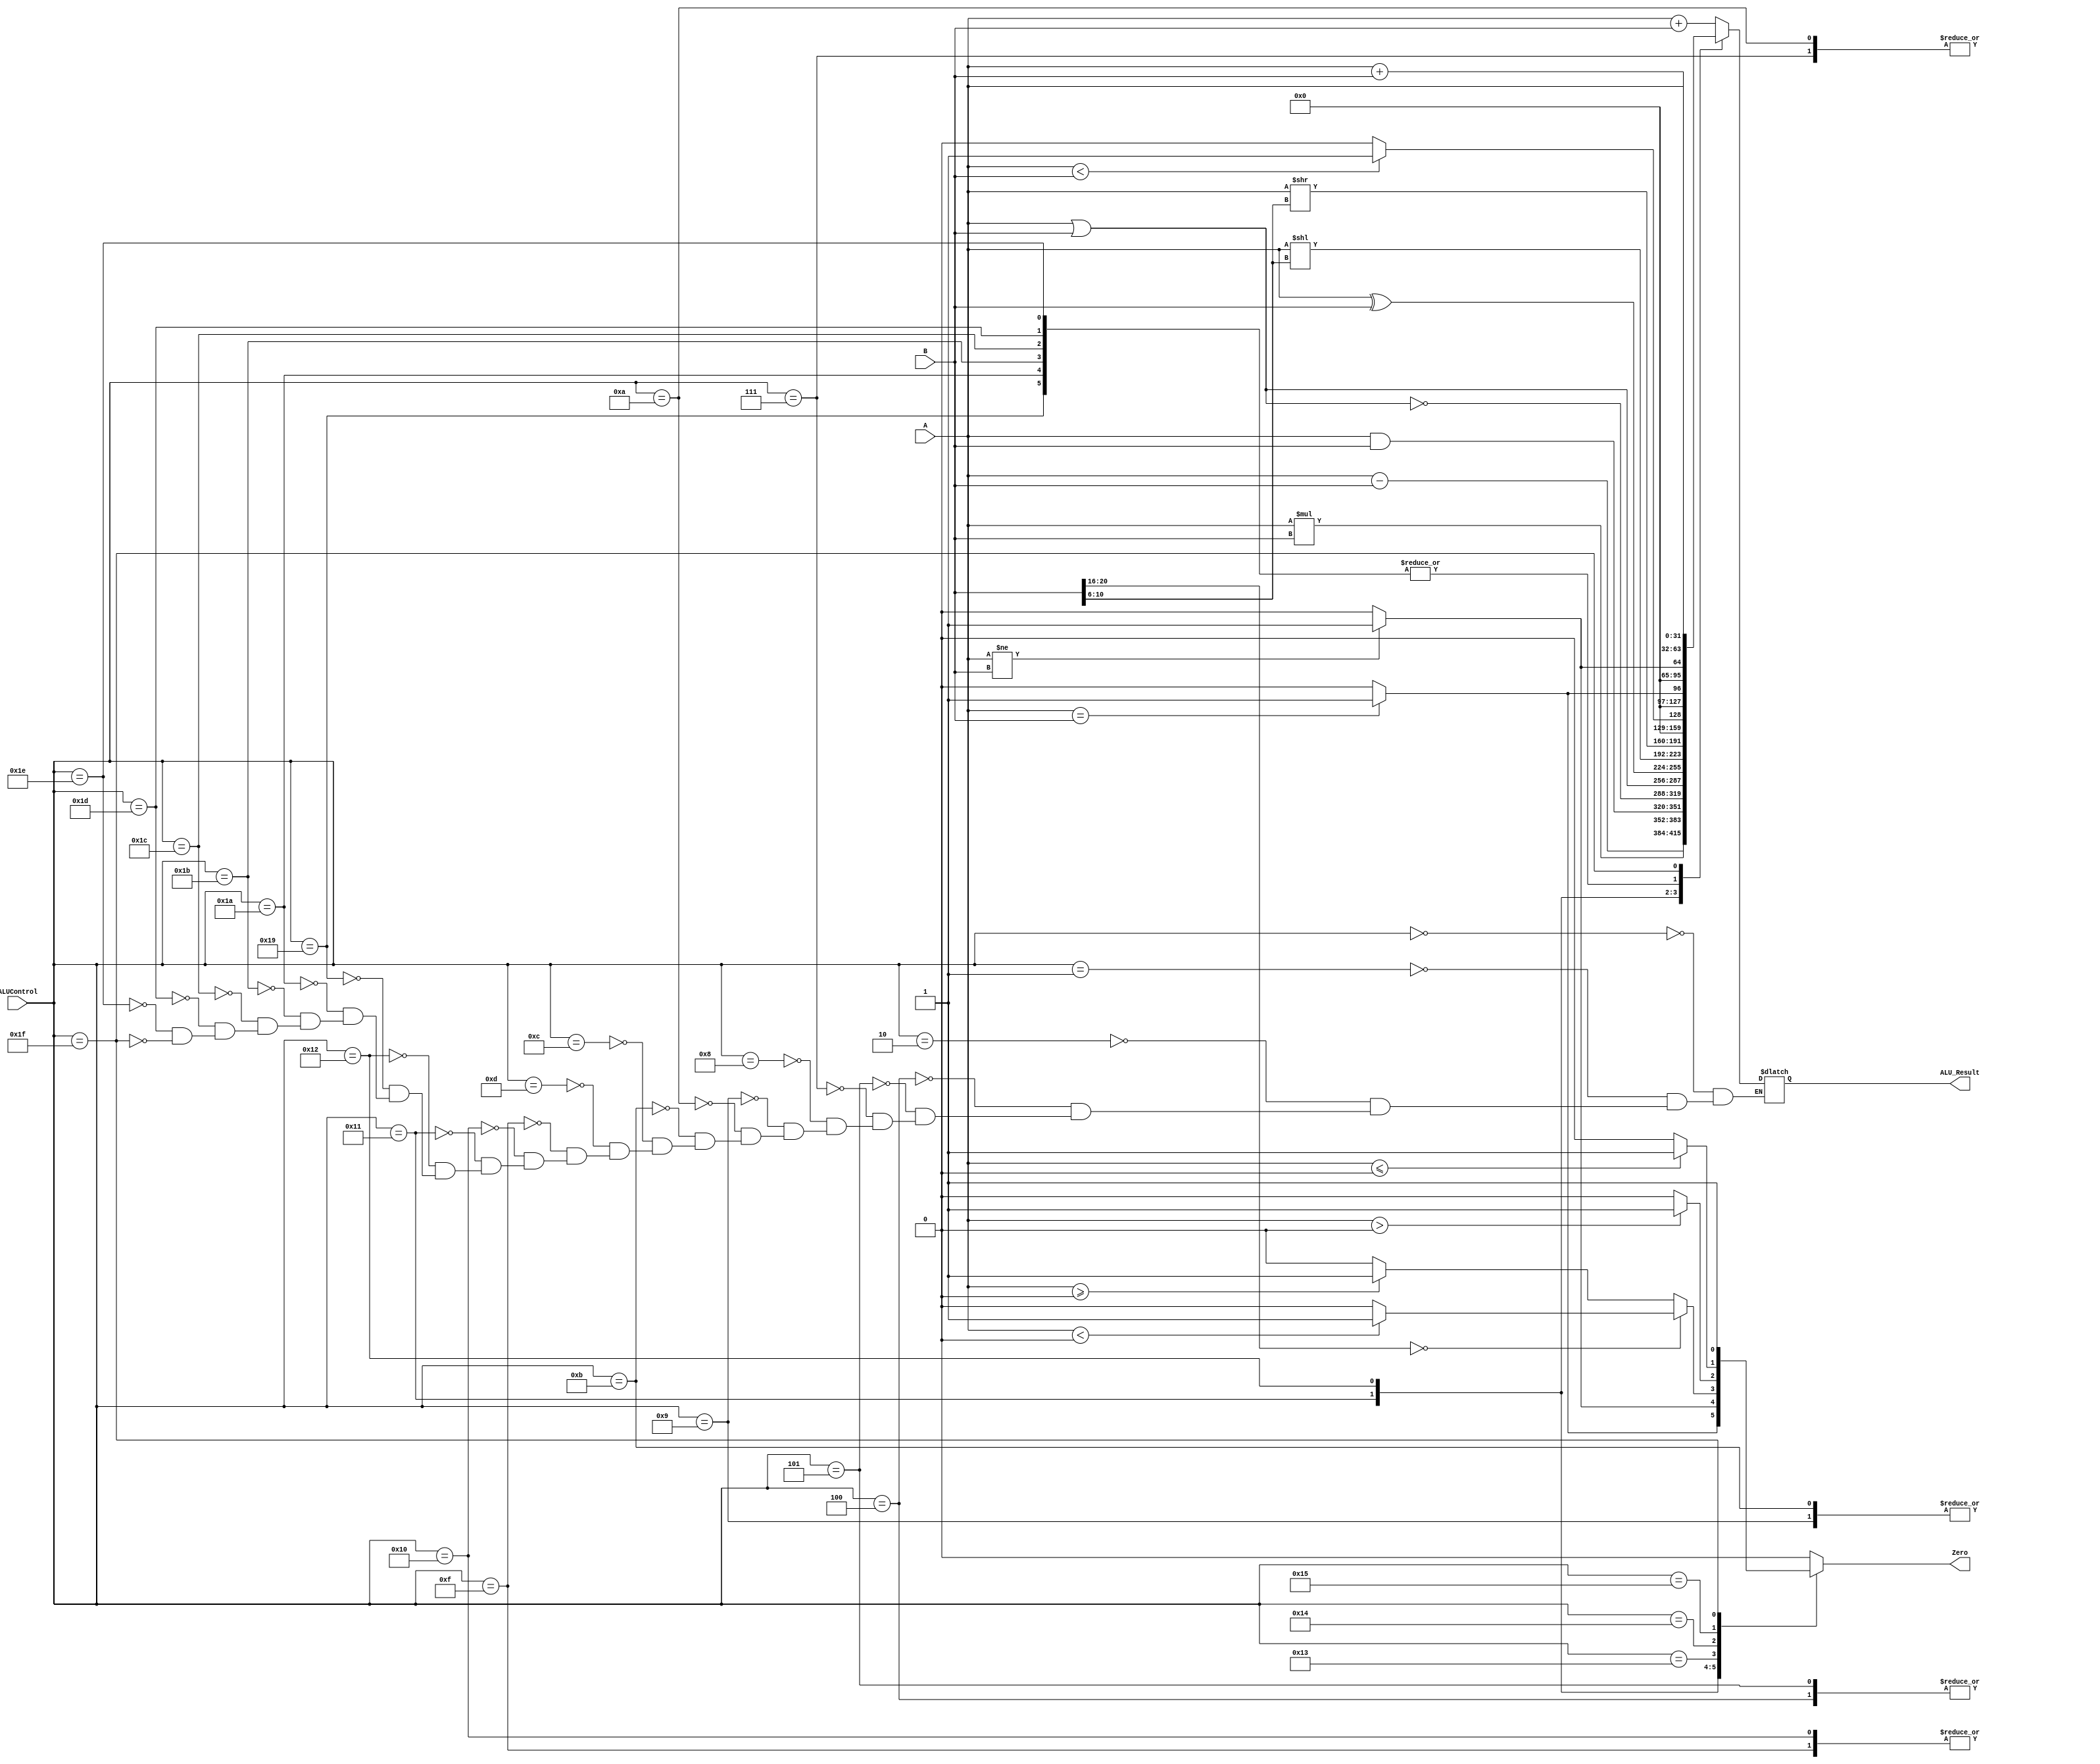
`timescale 1ns / 1ps

////////////////////////////////////////////////////////////////////////////////
// ECE369 - Computer Architecture
// 
// Module - ALU32Bit.v
// Description - 32-Bit wide arithmetic logic unit (ALU).
//
// INPUTS:-
// ALUControl: N-Bit input control bits to select an ALU operation.
// A: 32-Bit input port A.
// B: 32-Bit input port B.
//
// OUTPUTS:-
// ALUResult: 32-Bit ALU result output.
// ZERO: 1-Bit output flag. 
//
// FUNCTIONALITY:-
// Design a 32-Bit ALU, so that it supports all arithmetic operations 
// needed by the MIPS instructions given in Labs5-8.docx document. 
//   The 'ALUResult' will output the corresponding result of the operation 
//   based on the 32-Bit inputs, 'A', and 'B'. 
//   The 'Zero' flag is high/1 when 'ALUResult' is '0'. 
// 	High meaning that it would branch
//	The zero flag set to 1 is "ALUResult" is "0"
//   The 'ALUControl' signal should determine the function of the ALU 
//   You need to determine the bitwidth of the ALUControl signal based on the number of 
//   operations needed to support. 
////////////////////////////////////////////////////////////////////////////////

module ALU32Bit(ALUControl, A, B, ALU_Result, Zero);

	input [4:0] ALUControl;         // control bits for ALU operation 16 possible operations with initial 4 bits	
				                    // CHANGED TO 5 BITS to handle more operations including branching (32 Operations)
					                //  Check to add another bit so that you can handle all the MIPS instructions 
                                    // you need to adjust the bitwidth as needed 
	input signed [31:0] A, B;	            // inputs

	output reg [31:0] ALU_Result;	// answer
	output reg Zero;	            // Zero=1 if ALUResult == 0
	

    /* Please fill in the implementation here... */
	// Handle Branching first, if needed to branch set zeroflag high and aluresult to zero 

	always @ (ALUControl,A,B)
	begin
	   Zero <= 0;
		case(ALUControl)
			// Handle Arithmetic ***********************************************************
			5'b00000:    ALU_Result = A + B;// add
			5'b00001:    ALU_Result = A - B;// sub
			5'b00010:    ALU_Result = A * B;// mul
			//5'b00011:    ALU_Result = A / B;// Div

			// Handle logical statements ****************************************************
			5'b00100:    ALU_Result = A & B;// And
			5'b00101:    ALU_Result = A & B;// andi      
			5'b00111:    ALU_Result = A | B;// or
			5'b01000:    ALU_Result = ~(A | B);// nor
			5'b01001:    ALU_Result = (A ^ B);// xor
			5'b01010:    ALU_Result = A | B;// ori 
			5'b01011:    ALU_Result = (A ^ B);// xori 
			5'b01100:    ALU_Result = A<<(B[10:6]);// sll
			
			
			5'b01101:    ALU_Result = A>>(B[10:6]);// srl
			5'b01111:    // slt
				begin
					if (A< B) begin
						ALU_Result <= 1;
					end else  begin
						ALU_Result <= 0;
					end
				end 
			5'b10000: // slti 
                begin
                    if (A < B) begin
						ALU_Result <= 1;
					end else  begin
						ALU_Result <= 0;
					end
			    end
			// Handle branching ************************************************************************
			5'b10001: // beq
				begin
					if(A == B) begin
						ALU_Result <= 1;
						Zero <= 1;
					end else begin
						ALU_Result <= 0;
						Zero <= 0;
					end
				end
			5'b10010: // bne
				begin 
					if (A != B) begin
						ALU_Result <=1;
						Zero <= 1;
					end else begin
						ALU_Result <= 0;
						Zero <= 0;
					end
				end
			5'b10011: // bgez & bltz
            
                 begin if(B[20:16] == 5'b00000)begin
                 //start bltz
                 if (A < 0 )begin
                    Zero <= 1;
                   
                 end else begin
                    Zero <=0;
                    
                 end
            
                 end else begin
                 //start bgez
                 if (A >= 0) begin
                     Zero <= 1;
                 end else begin
                     Zero <= 0;
                 end
            end
        end
        
        5'b10100: // bgtz if rs >0 then branch
          begin
            if(A >0) begin
              Zero <= 1;
            end else begin
              Zero <= 0;
            end
          end
          
        5'b10101: // blez if rs <= 0 then branch
          begin
            if(A<=0)begin
              Zero <= 1;
            end else begin
              Zero <= 0;
            end
          end
          
        5'b11001: //lw B is offset and add to rt [base+offset]
        begin
            ALU_Result <= $unsigned(A) + $unsigned(B);
           //ALU_Result <= ALU_Result >> 2;
            end
          
        5'b11010: //sw
          ALU_Result <= $unsigned(A) + $unsigned(B);
        5'b11011: //sb
          ALU_Result <= $unsigned(A) + $unsigned(B);
        5'b11100: //lh
          ALU_Result <= $unsigned(A) + $unsigned(B);
        5'b11101: //lb
          ALU_Result <= $unsigned(A) + $unsigned(B);
        5'b11110: //sh
          ALU_Result <= $unsigned(A) + $unsigned(B);
        5'b11111: //JR
        begin
          Zero <= 1;
          ALU_Result <= A;
        end
        endcase
      
    end
endmodule